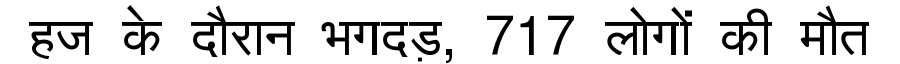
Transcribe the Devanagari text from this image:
हज के दौरान भगदड़, 717 लोगों की मौत